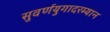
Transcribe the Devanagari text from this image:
सुवर्णयुगादरम्यान